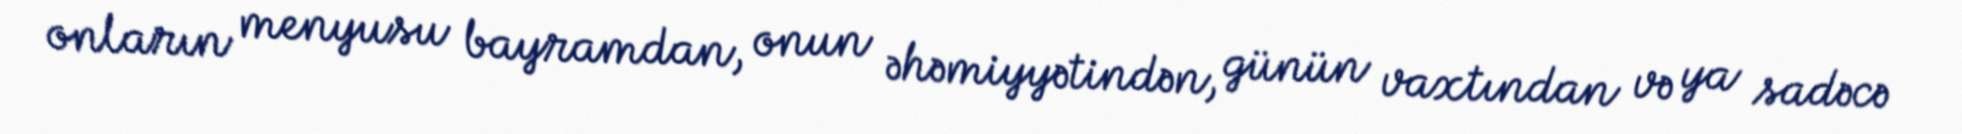
onların menyusu bayramdan, onun əhəmiyyətindən, günün vaxtından və ya sadəcə